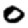
Digit: 0